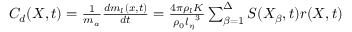
\begin{array} { r } { C _ { d } ( X , t ) = \frac { 1 } { m _ { a } } \frac { d m _ { l } ( x , t ) } { d t } = \frac { 4 \pi \rho _ { l } K } { \rho _ { 0 } { l _ { \eta } } ^ { 3 } } \sum _ { \beta = 1 } ^ { \Delta } S ( X _ { \beta } , t ) r ( X , t ) } \end{array}